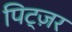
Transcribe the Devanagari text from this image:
पिट्ज़र